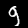
Label: 9